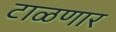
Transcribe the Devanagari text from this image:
टाळणार